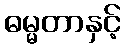
ဓမ္မတာနှင့်